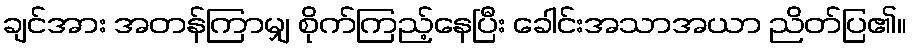
ချင်အား အတန်ကြာမျှ စိုက်ကြည့်နေပြီး ခေါင်းအသာအယာ ညိတ်ပြ၏။